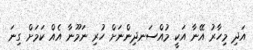
އަދި މިހާރު އޭނާ އަކީ މުއްސަނދިންނަށް ހުރި ނަމޫނާ އެއް ކަމަށް ގިނަ